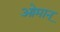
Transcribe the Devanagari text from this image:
ओमान्